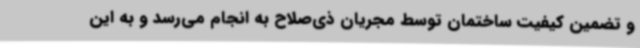
و تضمین کیفیت ساختمان توسط مجریان ذی‌صلاح به انجام می‌رسد و به این